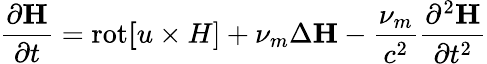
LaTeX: \frac{\partial{\mathbf H}}{\partial t}=\mathrm{rot}{\mathbf[u\times H]}+\nu_{m}\Delta{\mathbf H}-\frac{\nu_{m}}{c^{2}}\frac{\partial^{2}{\mathbf H}}{\partial t^{2}}